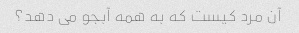
آن مرد کیست که به همه آبجو می دهد؟